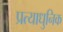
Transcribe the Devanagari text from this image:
प्रत्याधुनिक